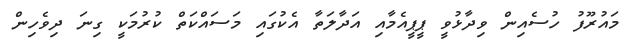
މައުރޫފު ހުސެއިން ވިދާޅުވީ ޕީޕީއެމާއި އަދާލަތާ އެކުގައި މަސައްކަތް ކުރުމަކީ ގިނަ ދިވެހިން